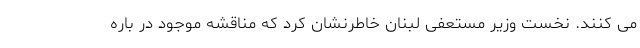
می کنند. نخست وزیر مستعفی لبنان خاطرنشان کرد که مناقشه موجود در باره